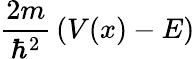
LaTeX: {\frac{2m}{\hbar^{2}}}\left(V(x)-E\right)